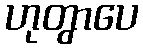
ဟုတွာပေ